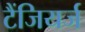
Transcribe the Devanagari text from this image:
टैंजियर्ज